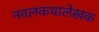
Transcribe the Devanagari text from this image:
नवलकथालेखक